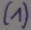
Text: (1)